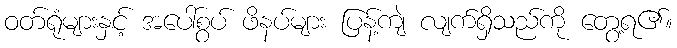
ဝတ်ရုံများနှင့် အပေါ်စွပ် ဖိနပ်များ ပြန့်ကျဲ လျက်ရှိသည်ကို တွေ့ရ၏။